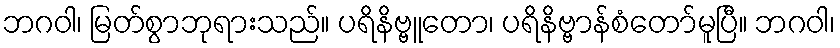
ဘဂဝါ၊ မြတ်စွာဘုရားသည်။ ပရိနိဗ္ဗူတော၊ ပရိနိဗ္ဗာန်စံတော်မူပြီ။ ဘဂဝါ၊